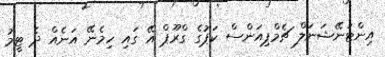
އިންޓަނޭޝަނަލް ޗެމްޕިއަންސް ކަޕުގެ ގްރޫޕް އޭ ގައި ހިމެނޭ އަނެއް ދެ ޓީމު